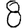
Digit: 8